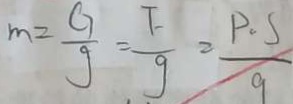
m = \frac { G } { g } = \frac { F } { g } = \frac { P . S } { 9 }